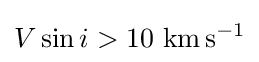
V\sin i>10~{\mbox{km}}\,{\mbox{s}}^{-1}